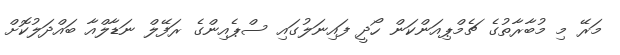
މަރޭ މި މުބާރާތުގެ ޗެމްޕިއަންކަން ހޯދީ ފައިނަލުގައި ސްޕެއިންގެ ރަފޭލް ނަޑާލްއާ ބައްދަލުކޮށް